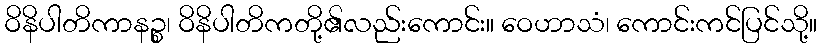
ဝိနိပါတိကာနဉ္စ၊ ဝိနိပါတိကတို့၏လည်းကောင်း။ ဝေဟာသံ၊ ကောင်းကင်ပြင်သို့။